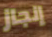
إنجاز